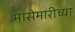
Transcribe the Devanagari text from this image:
मासेमारीच्या